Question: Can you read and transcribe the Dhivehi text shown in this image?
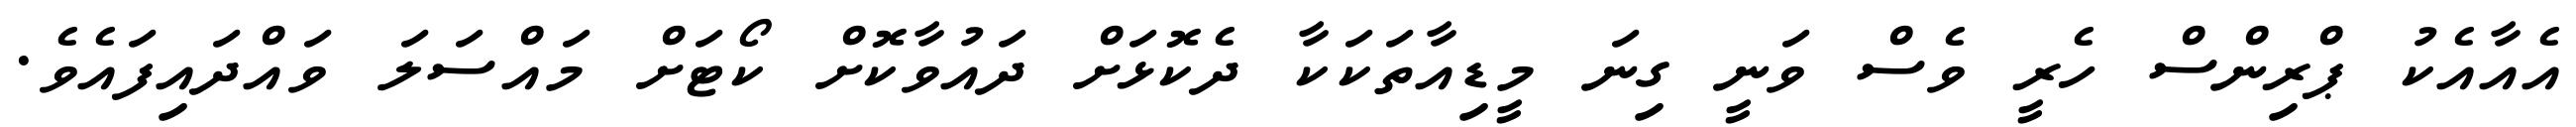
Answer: އެއާއެކު ޕްރިންސް ހެރީ ވެސް ވަނީ ގިނަ މީޑިއާތަކަކާ ދެކޮޅަށް ދައުވާކޮށް ކޯޓަށް މައްސަލަ ވައްދައިފައެވެ.